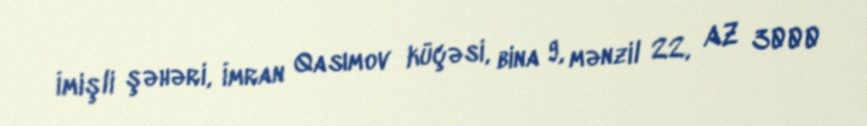
İmişli şəhəri, İmran Qasımov küçəsi, bina 9, mənzil 22, AZ 3000